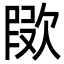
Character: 㰺